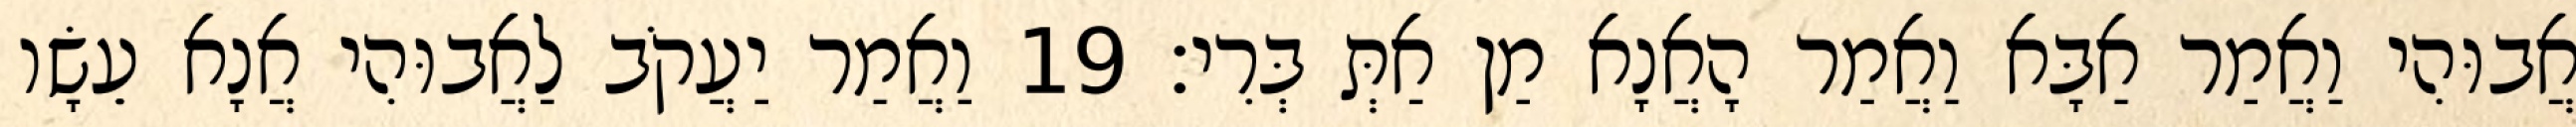
אֲבוּהִי וַאֲמַר אַבָּא וַאֲמַר הָאֲנָא מַן אַתְּ בְּרִי׃ 19 וַאֲמַר יַעֲקֹב לַאֲבוּהִי אֲנָא עֵשָׂו